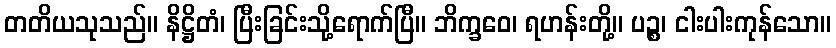
တတိယသုသည်။ နိဋ္ဌိတံ၊ ပြီးခြင်းသို့ရောက်ပြီ။ ဘိက္ခဝေ၊ ရဟန်းတို့။ ပဉ္စ၊ ငါးပါးကုန်သော။